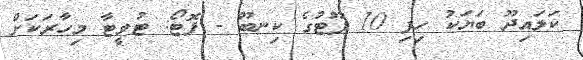
ކަލައިދޫ ބަޔަކު ހިފި 10 ފޫޓުގެ ކިނބޫ - ފޮޓޯ: ޓުވީޓާ މިހާރަކަށް